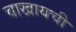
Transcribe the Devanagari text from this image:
चाखायची